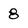
Character: 8